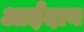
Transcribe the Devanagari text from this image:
आईदान